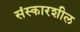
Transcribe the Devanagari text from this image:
संस्कारशील